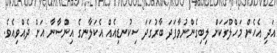
އަދި އެހެން މަހްލޫގަކަށް ލިބިގެންނުވާފަދަ ބާރުގަދަ ސިކުނޑިއެއް އެކަލާނގެ އިންސާނާ އަށް ދެއްވިއެވެ.